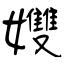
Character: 孇